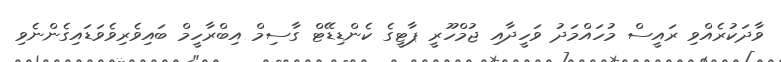
ވާދަކުރެއްވި ރައީސް މުހައްމަދު ވަހީދާއި ޖުމްހޫރީ ޕާޓީގެ ކެންޑިޑޭޓް ގާސިމް އިބްރާހީމް ބައިވެރިވެވަޑައިގެންނެވި